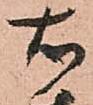
右